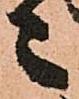
々